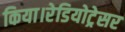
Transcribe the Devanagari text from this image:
किया।रेडियोट्रेसर